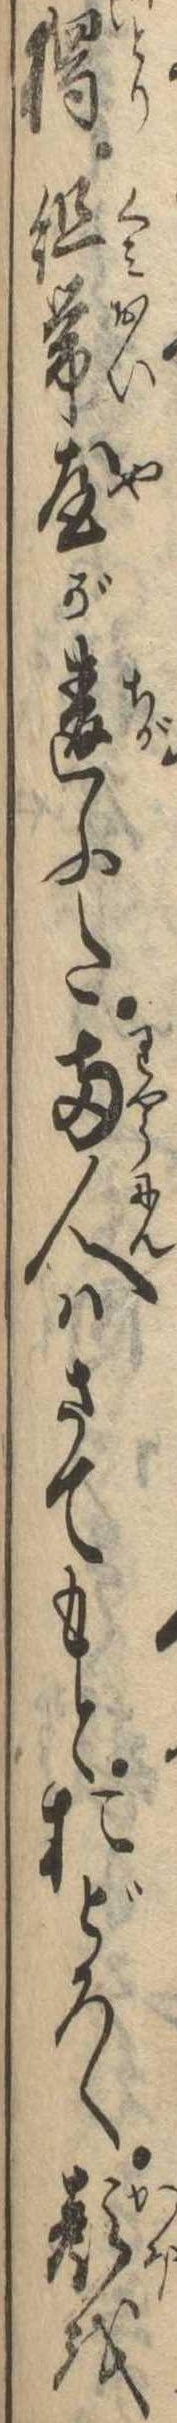
独組帯屋が違ふた両人はさてもとおどろく顔を